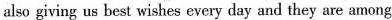
also giving us best wishes every day and they are among